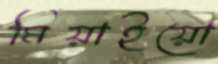
মিয়াইয়ো